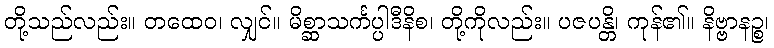
တို့သည်လည်း။ တထေဝ၊ လျှင်။ မိစ္ဆာသင်္ကပ္ပါဒီနိစ၊ တို့ကိုလည်း။ ပဇပန္တိ၊ ကုန်၏။ နိဗ္ဗာနဉ္စ၊